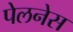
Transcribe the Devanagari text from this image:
पेलनेस